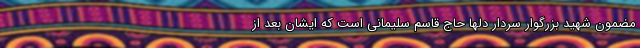
مضمون شهید بزرگوار سردار دلها حاج قاسم سلیمانی است که ایشان بعد از